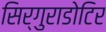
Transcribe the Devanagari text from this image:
सिर्गुराडोटिर